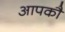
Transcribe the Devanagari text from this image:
आपकौ